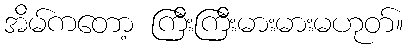
အိမ်ကတော့ ကြီးကြီးမားမားမဟုတ်။